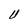
Character: U